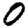
Digit: 0